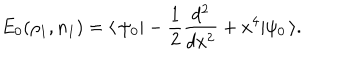
LaTeX: E _ { 0 } ( \rho _ { 1 } , n _ { 1 } ) = \langle \, \psi _ { 0 } | - \frac { 1 } { 2 } \frac { d ^ { 2 } } { d x ^ { 2 } } + x ^ { 4 } | \psi _ { 0 } \, \rangle .